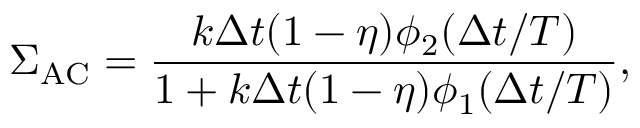
\Sigma _ { \mathrm { A C } } = \frac { k \Delta t ( 1 - \eta ) \phi _ { 2 } ( \Delta t / T ) } { 1 + k \Delta t ( 1 - \eta ) \phi _ { 1 } ( \Delta t / T ) } ,